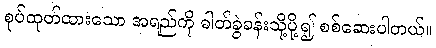
စုပ်ထုတ်ထားသော အရည်ကို ဓါတ်ခွဲခန်းသို့ပို့၍ စစ်ဆေးပါတယ်။